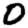
Digit: 0